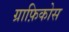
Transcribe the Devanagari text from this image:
ग्राफ़िकोस